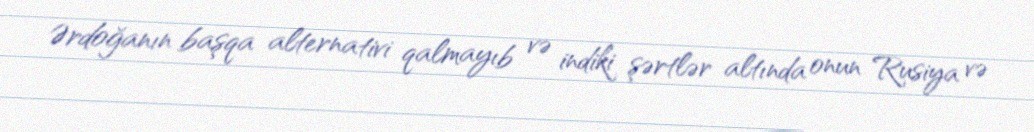
Ərdoğanın başqa alternativi qalmayıb və indiki şərtlər altında onun Rusiya və